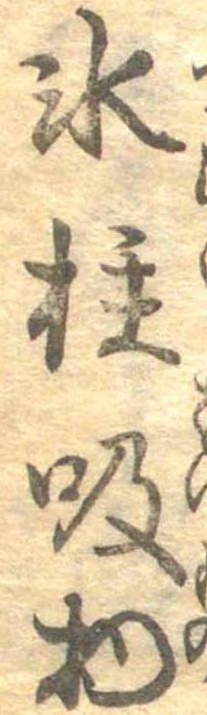
氷柱吸物